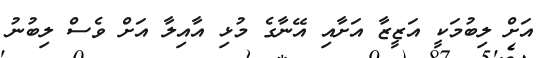
އަށް ލިބުމަކީ އަޒީޒާ އަށާއި އޭނާގެ މުޅި އާއިލާ އަށް ވެސް ލިބުނު